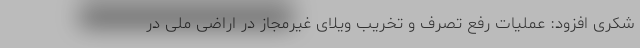
شکری افزود: عملیات رفع تصرف و تخریب ویلای غیرمجاز در اراضی ملی در